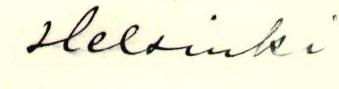
Helsinki